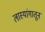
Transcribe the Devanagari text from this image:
लास्यांगातून